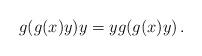
LaTeX: \begin{align*} g(g(x) y) y = y g(g(x) y)\,.\end{align*}